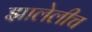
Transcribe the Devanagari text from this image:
झालेलीच